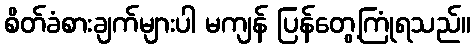
စိတ်ခံစားချက်များပါ မကျန် ပြန်တွေ့ကြုံရသည်။